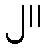
၂။